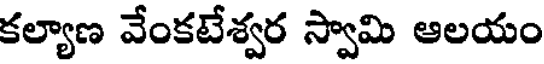
కల్యాణ వేంకటేశ్వర స్వామి ఆలయం